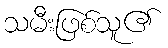
သမီးဖြစ်သူ၏